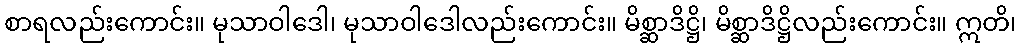
စာရလည်းကောင်း။ မုသာဝါဒေါ၊ မုသာဝါဒေါလည်းကောင်း။ မိစ္ဆာဒိဋ္ဌိ၊ မိစ္ဆာဒိဋ္ဌိလည်းကောင်း။ ဣတိ၊